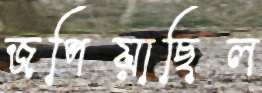
জপিয়াছিল